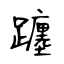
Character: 躔